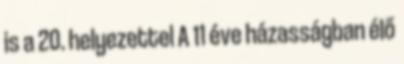
is a 20. helyezettel A 11 éve házasságban élő